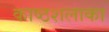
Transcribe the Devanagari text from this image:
काष्ठशलाका